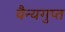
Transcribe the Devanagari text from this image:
वैन्यगुप्त